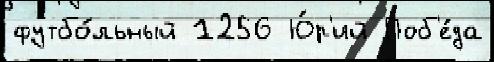
футбо́льный 1256 Ю́р'ий Поб'е́да